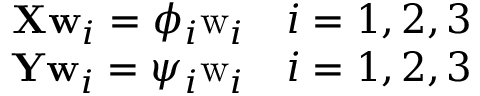
\begin{array} { r } { \mathbf { X } \mathbf { w } _ { i } = \phi _ { i } \mathrm { w } _ { i } \quad i = { 1 , 2 , 3 } } \\ { \mathbf { Y } \mathbf { w } _ { i } = \psi _ { i } \mathrm { w } _ { i } \quad i = { 1 , 2 , 3 } } \end{array}